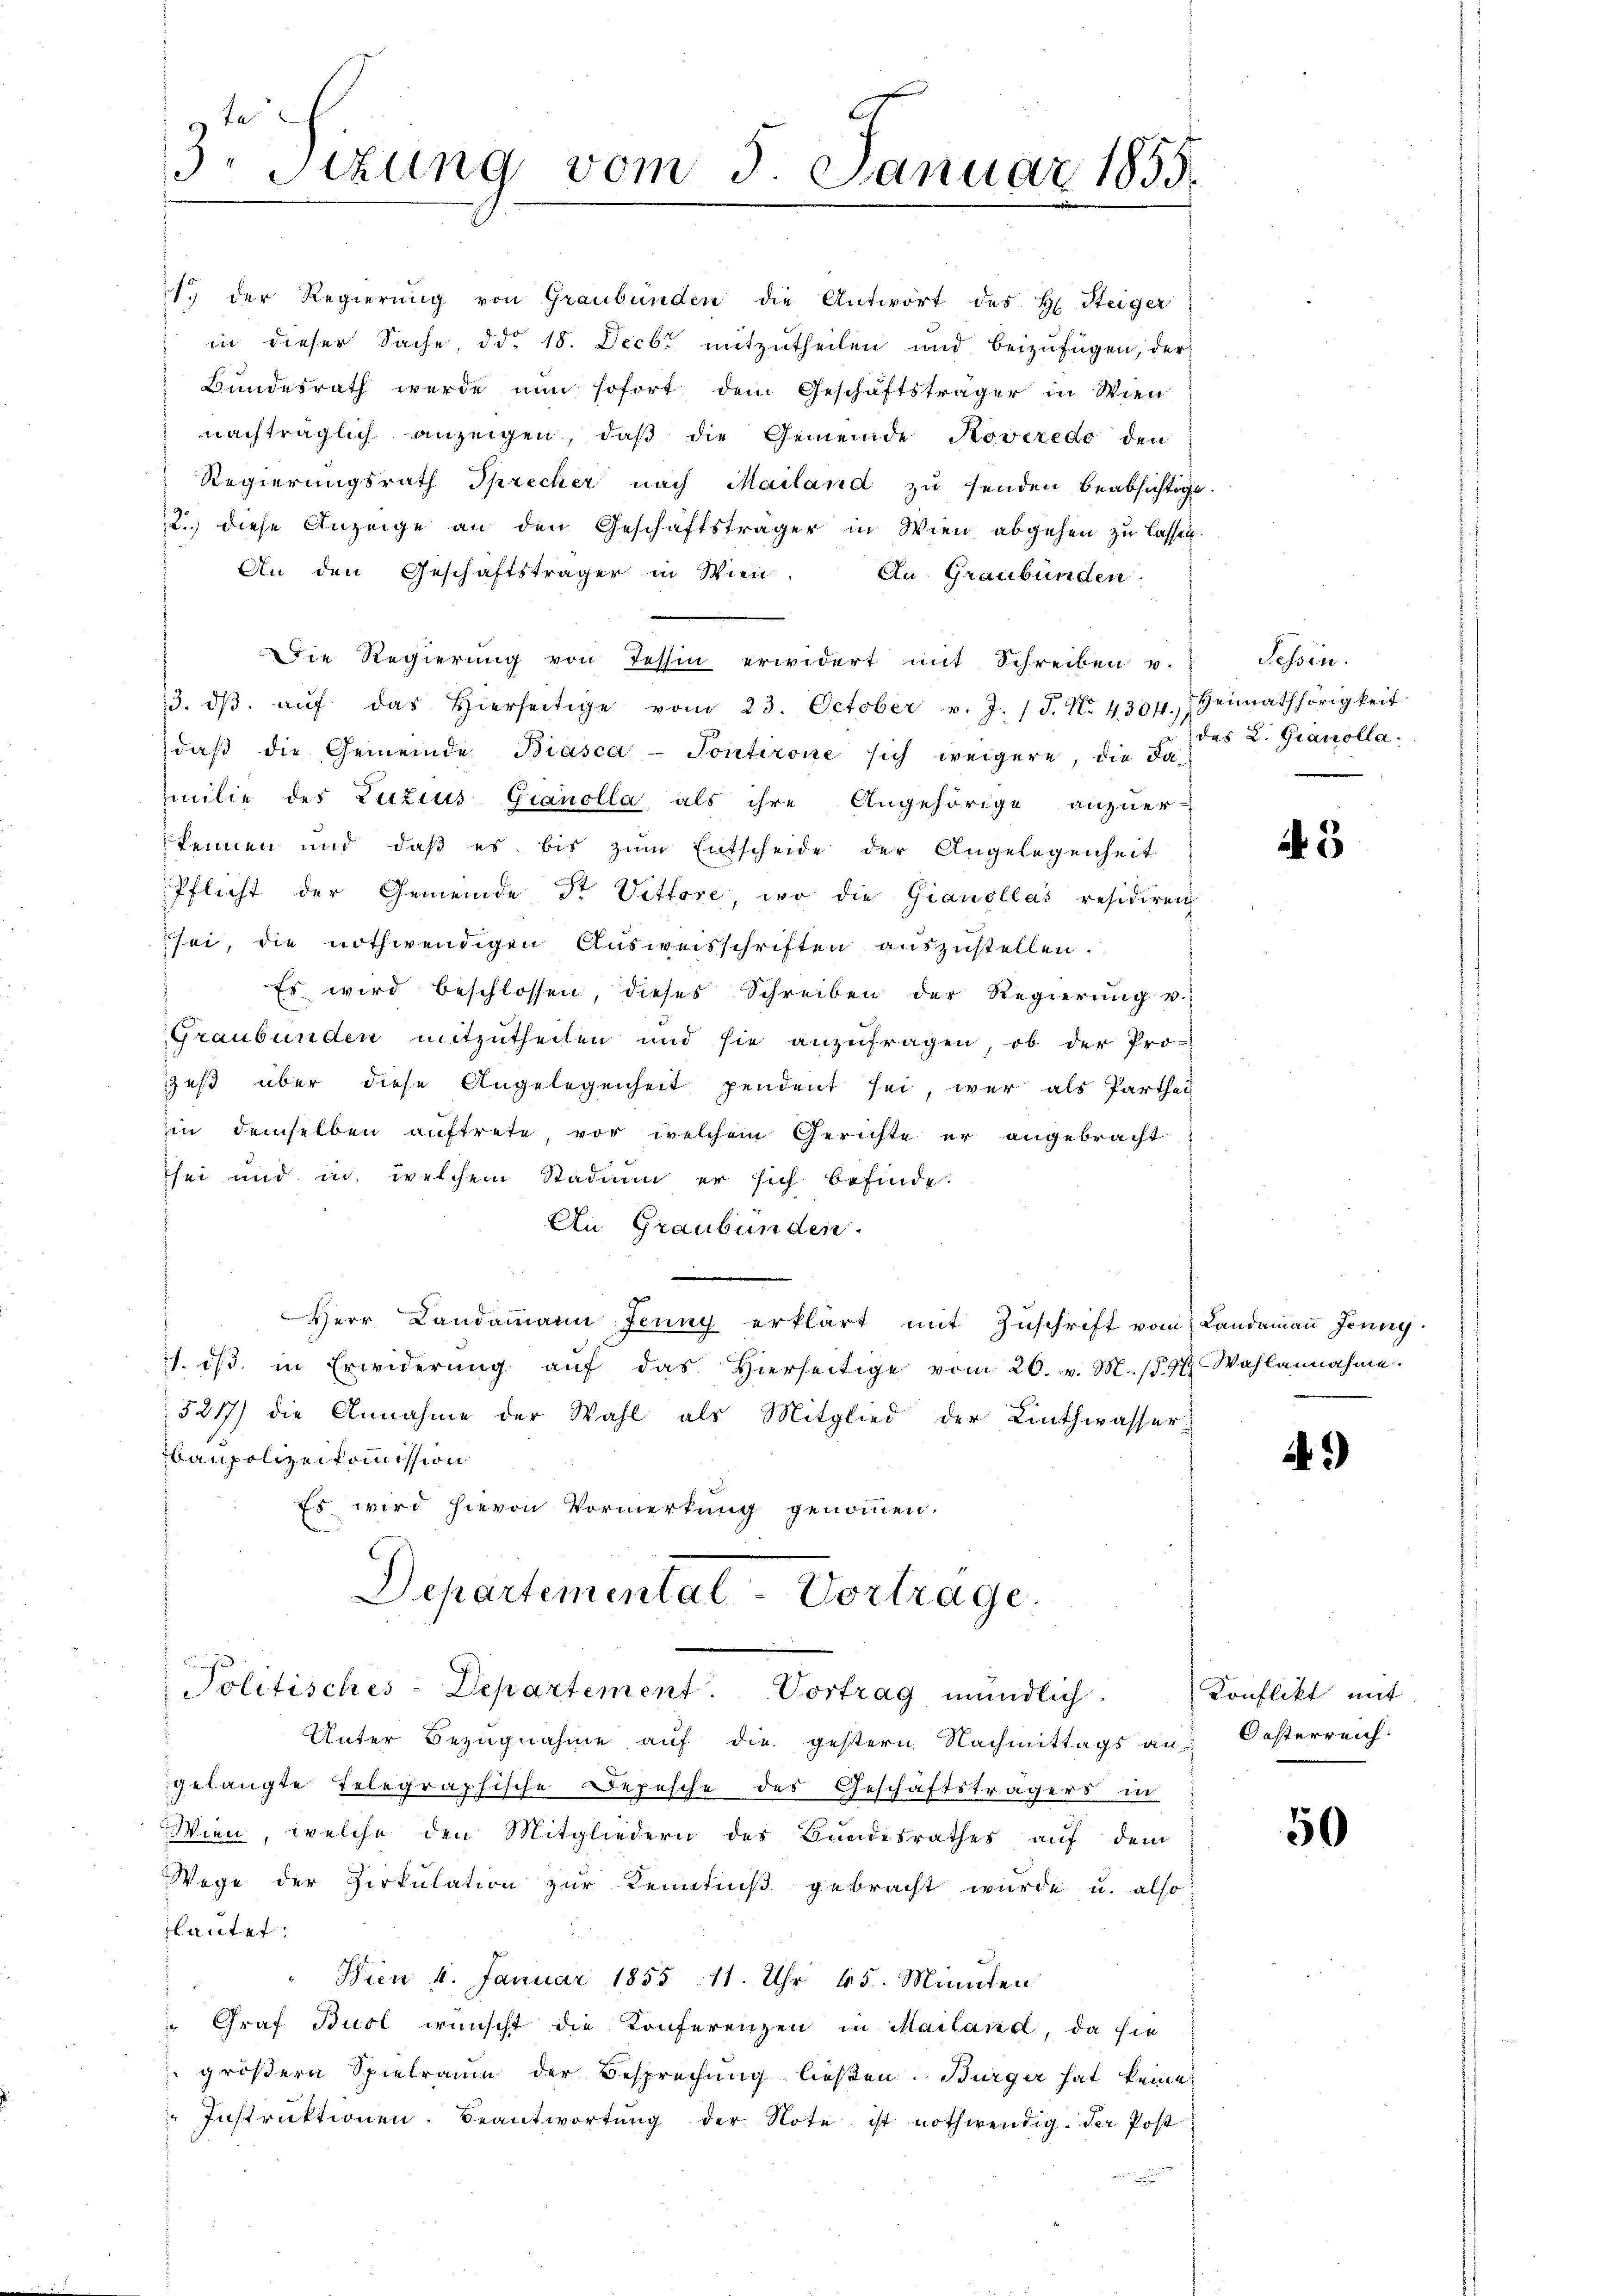
3. Sizung vom 5. Januar 1855.

1. der Regierŭng von Graubünden die Antwort des H. Steiger
in dieser Sache, ddo 18. Decbr mitzŭtheilen und beizufügen, der
Bundesrath werde nun sofort dem Geschäftsträger in Wien
nachträglich anzeigen, daß die Gemeinde Roveredo den
Regierungsrath Sprecher nach Mailand zu senden beabsichtige.
2.) diese Anzeige an den Geschäftsträger in Wien abgehen zu lassen.
An den Geschäftsträger in Wien
An Graubünden.
Die Regierung von Tessin erwidert mit Schreiben u.
3. dβ aŭf das hierseitige vom 23. October v. J. J. No. 430. Heimathörigkeit
daβ die Gemeinde Biasca-Pontirone sich weigere, die da
milie des Luzius Granolla als ihre Angehörige anzuer-
kennen und daß es bis zŭm Entscheide der Angelegenheit
Pflicht der Gemeinde dr Vittore, wo die Gianollas residiren
sei, die nothwendigen Ausweisschriften auszustellen.
Es wird beschlossen, dieses Schreiben der Regierŭng u.
Graubünden mitzutheilen und sie anzufragen, ob der Pro-
zes über diese Angelegenheit pendent sei, wer als Parthei
in demselben auftrete, vor welchem Gerichte er angebracht
sei und in welchem Stadium er sich befinde.
An Graubünden.
Herr Landammann Jenny erklärt mit Zŭschrift vom Landaṁaṅ Jenny
1. i. in Erwiderŭng aŭf das hierseitige vom 26. v. M. (§ 4 Wahlannahme.
5217) die Annahme der Wahl als Mitglied der Linthwasserbaupolizeikommission
Es wird hievon Vormerkung genommen.
Departementat Vortrage.
Politisches: Departement. Vortrag mündlich.
Unter Bezugnahme auf die gestern Nachmittags an-
gelangte Telegraphische Depesche des Geschäftsträgers in
Wien, welche den Mitgliedern des Bundesrathes auf dem
Wege der Zirkulation zur Kenntniß gebracht wurde, u. also
lautet:
" Wien 4. Januar 1855 11. Uhr 45. Minuten
" Graf Bucl wünscht die Konferenzen in Mailand, da sie
größern Spielraum der Besprechung ließen. Bürger hat keine
Instrŭktionen. Beantwortŭng der Note ist nothwendig. der Post

Tessin.
das L. Gianolla

45

i.)

Konflikt mit
Oesterreich

50